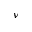
\nu